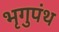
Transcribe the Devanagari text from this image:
भृगुपंथ